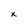
Character: x